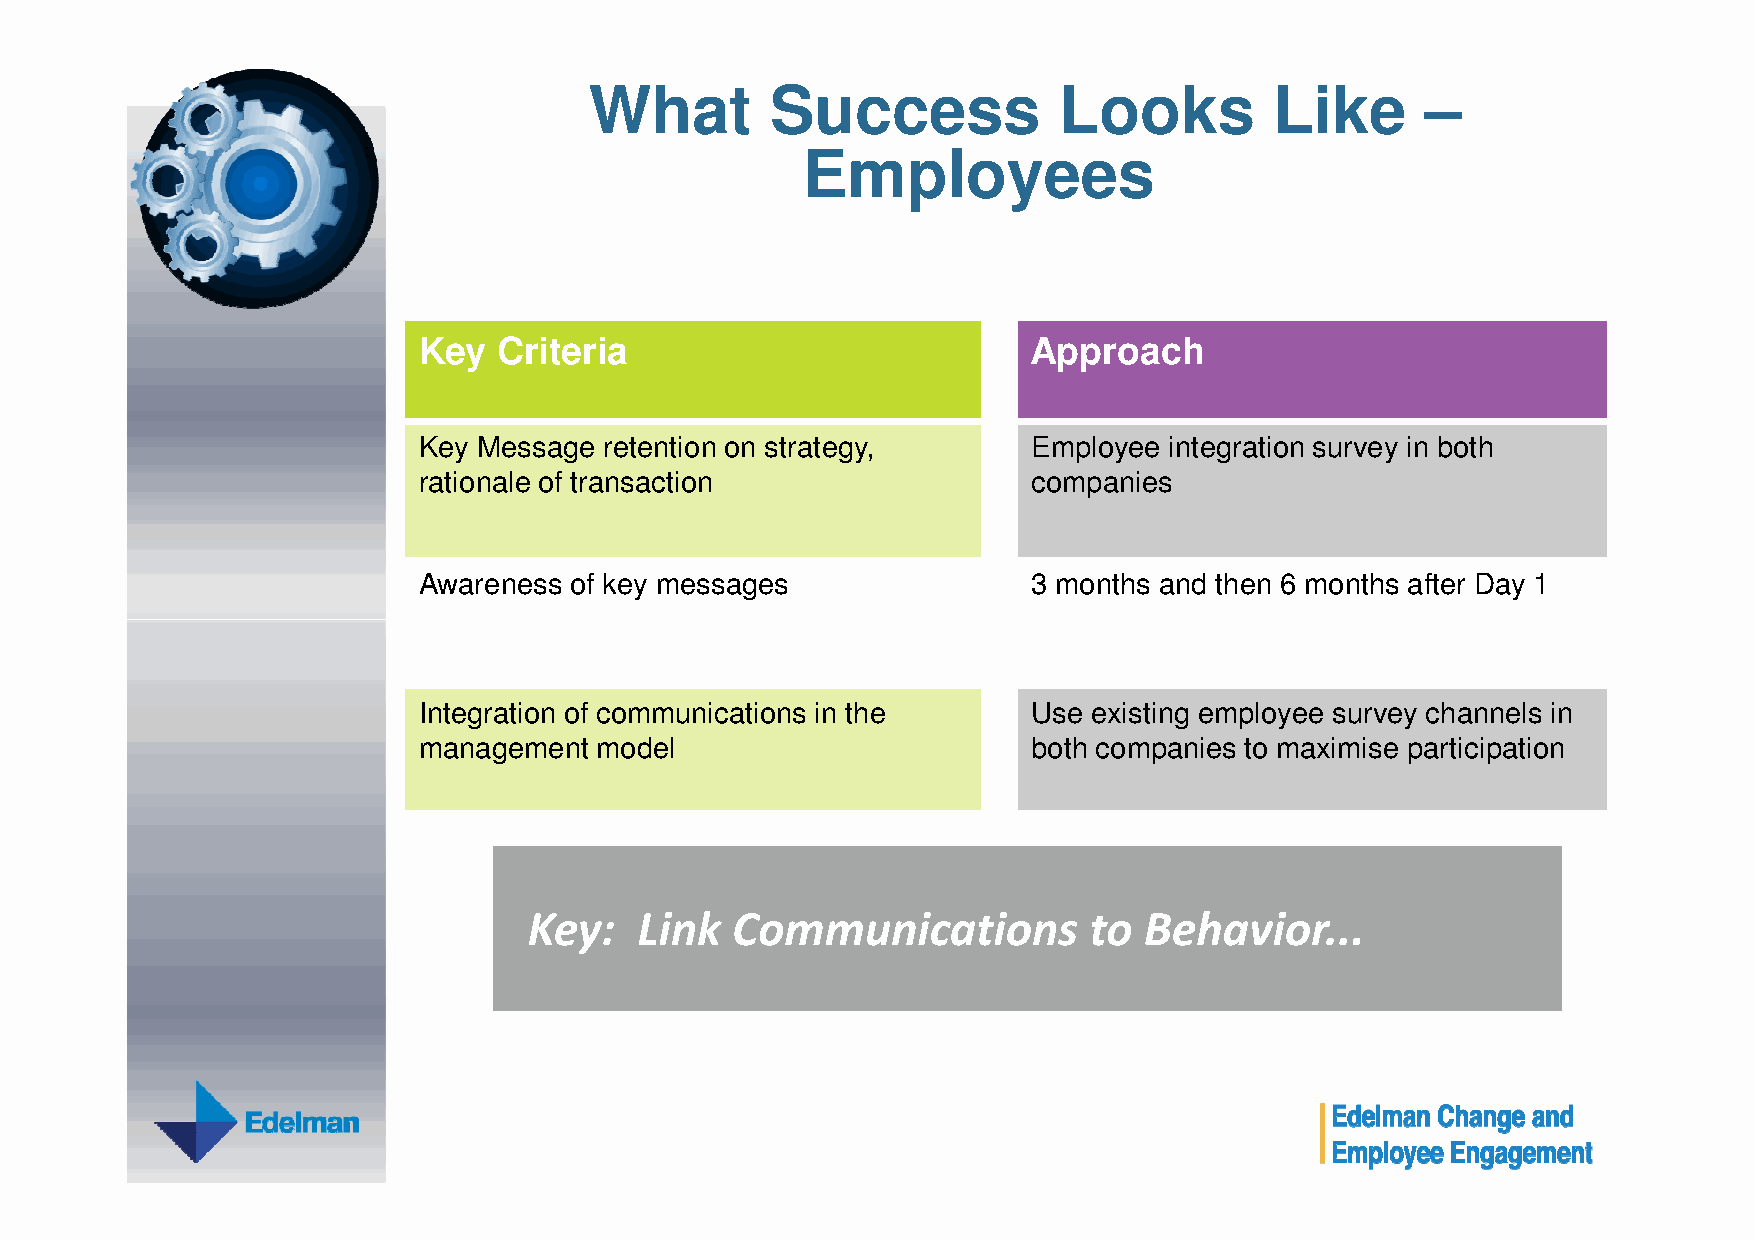
What        Success            Looks         Like      –
 Employees
 Key  Criteria                           Approach
 Key Message retention on strategy,      Employee integration survey in both
 rationale of transaction                companies
 Awareness of key messages               3 months and then 6 months after Day 1
 Integration of communications in the    Use existing employee survey channels in
 management model                        both companies to maximise participation
 Key:   Link  Communications          to  Behavior...